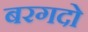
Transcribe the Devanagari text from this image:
बरगदो